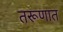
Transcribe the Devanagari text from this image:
तरूणात